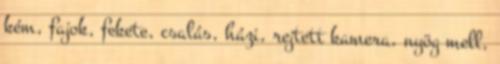
kém, fajok, fekete, csalás, házi, rejtett kamera, nyög mell,